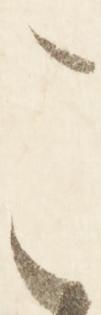
こ